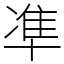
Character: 凖